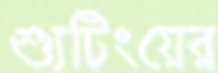
শ্যুটিংয়ের